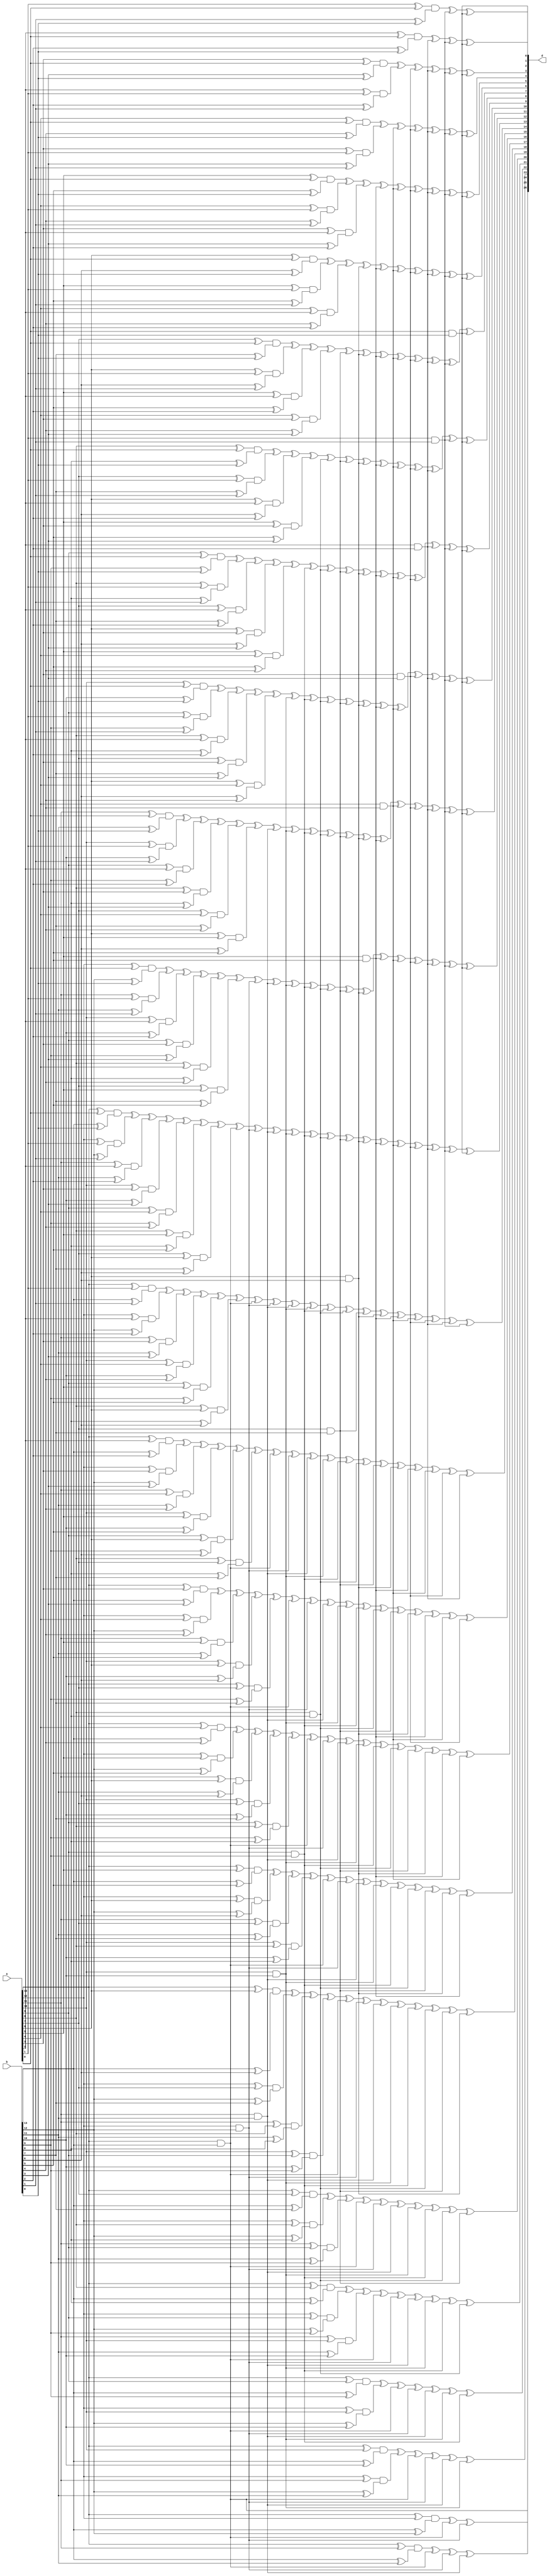
/******************************************************************************
 * Package Module Name	: Elliptic Curve Cryptoprocessor for GF(2^233)
 * Date of Creation		: 1/Apr/2008
 * Type	of file			: Verilog source code
 * Synopsis			    : Automatically generated code for karatsuba 14 bit
 ******************************************************************************/


`ifndef __KS_14_V__
`define __KS_14_V__

module ks14(a, b, d);

input wire [0:13] a;
input wire [0:13] b;
output wire [0:26] d;

wire m0, m1, m2, m3, m4, m5, m6, m7, m8, m9, m10, m11, m12, m13;
wire m0_1, m0_2, m0_3, m0_4, m0_5, m0_6, m0_7, m0_8, m0_9, m0_10, m0_11, m0_12, m0_13;
wire m1_2, m1_3, m1_4, m1_5, m1_6, m1_7, m1_8, m1_9, m1_10, m1_11, m1_12, m1_13;
wire m2_3, m2_4, m2_5, m2_6, m2_7, m2_8, m2_9, m2_10, m2_11, m2_12, m2_13;
wire m3_4, m3_5, m3_6, m3_7, m3_8, m3_9, m3_10, m3_11, m3_12, m3_13;
wire m4_5, m4_6, m4_7, m4_8, m4_9, m4_10, m4_11, m4_12, m4_13;
wire m5_6, m5_7, m5_8, m5_9, m5_10, m5_11, m5_12, m5_13;
wire m6_7, m6_8, m6_9, m6_10, m6_11, m6_12, m6_13;
wire m7_8, m7_9, m7_10, m7_11, m7_12, m7_13;
wire m8_9, m8_10, m8_11, m8_12, m8_13;
wire m9_10, m9_11, m9_12, m9_13;
wire m10_11, m10_12, m10_13;
wire m11_12, m11_13;
wire m12_13;
assign m0 = a[0] & b[0];
assign m1 = a[1] & b[1];
assign m2 = a[2] & b[2];
assign m3 = a[3] & b[3];
assign m4 = a[4] & b[4];
assign m5 = a[5] & b[5];
assign m6 = a[6] & b[6];
assign m7 = a[7] & b[7];
assign m8 = a[8] & b[8];
assign m9 = a[9] & b[9];
assign m10 = a[10] & b[10];
assign m11 = a[11] & b[11];
assign m12 = a[12] & b[12];
assign m13 = a[13] & b[13];
assign m0_1 = (a[0] ^ a[1]) & (b[0] ^ b[1]);
assign m0_2 = (a[0] ^ a[2]) & (b[0] ^ b[2]);
assign m0_3 = (a[0] ^ a[3]) & (b[0] ^ b[3]);
assign m0_4 = (a[0] ^ a[4]) & (b[0] ^ b[4]);
assign m0_5 = (a[0] ^ a[5]) & (b[0] ^ b[5]);
assign m0_6 = (a[0] ^ a[6]) & (b[0] ^ b[6]);
assign m0_7 = (a[0] ^ a[7]) & (b[0] ^ b[7]);
assign m0_8 = (a[0] ^ a[8]) & (b[0] ^ b[8]);
assign m0_9 = (a[0] ^ a[9]) & (b[0] ^ b[9]);
assign m0_10 = (a[0] ^ a[10]) & (b[0] ^ b[10]);
assign m0_11 = (a[0] ^ a[11]) & (b[0] ^ b[11]);
assign m0_12 = (a[0] ^ a[12]) & (b[0] ^ b[12]);
assign m0_13 = (a[0] ^ a[13]) & (b[0] ^ b[13]);
assign m1_2 = (a[1] ^ a[2]) & (b[1] ^ b[2]);
assign m1_3 = (a[1] ^ a[3]) & (b[1] ^ b[3]);
assign m1_4 = (a[1] ^ a[4]) & (b[1] ^ b[4]);
assign m1_5 = (a[1] ^ a[5]) & (b[1] ^ b[5]);
assign m1_6 = (a[1] ^ a[6]) & (b[1] ^ b[6]);
assign m1_7 = (a[1] ^ a[7]) & (b[1] ^ b[7]);
assign m1_8 = (a[1] ^ a[8]) & (b[1] ^ b[8]);
assign m1_9 = (a[1] ^ a[9]) & (b[1] ^ b[9]);
assign m1_10 = (a[1] ^ a[10]) & (b[1] ^ b[10]);
assign m1_11 = (a[1] ^ a[11]) & (b[1] ^ b[11]);
assign m1_12 = (a[1] ^ a[12]) & (b[1] ^ b[12]);
assign m1_13 = (a[1] ^ a[13]) & (b[1] ^ b[13]);
assign m2_3 = (a[2] ^ a[3]) & (b[2] ^ b[3]);
assign m2_4 = (a[2] ^ a[4]) & (b[2] ^ b[4]);
assign m2_5 = (a[2] ^ a[5]) & (b[2] ^ b[5]);
assign m2_6 = (a[2] ^ a[6]) & (b[2] ^ b[6]);
assign m2_7 = (a[2] ^ a[7]) & (b[2] ^ b[7]);
assign m2_8 = (a[2] ^ a[8]) & (b[2] ^ b[8]);
assign m2_9 = (a[2] ^ a[9]) & (b[2] ^ b[9]);
assign m2_10 = (a[2] ^ a[10]) & (b[2] ^ b[10]);
assign m2_11 = (a[2] ^ a[11]) & (b[2] ^ b[11]);
assign m2_12 = (a[2] ^ a[12]) & (b[2] ^ b[12]);
assign m2_13 = (a[2] ^ a[13]) & (b[2] ^ b[13]);
assign m3_4 = (a[3] ^ a[4]) & (b[3] ^ b[4]);
assign m3_5 = (a[3] ^ a[5]) & (b[3] ^ b[5]);
assign m3_6 = (a[3] ^ a[6]) & (b[3] ^ b[6]);
assign m3_7 = (a[3] ^ a[7]) & (b[3] ^ b[7]);
assign m3_8 = (a[3] ^ a[8]) & (b[3] ^ b[8]);
assign m3_9 = (a[3] ^ a[9]) & (b[3] ^ b[9]);
assign m3_10 = (a[3] ^ a[10]) & (b[3] ^ b[10]);
assign m3_11 = (a[3] ^ a[11]) & (b[3] ^ b[11]);
assign m3_12 = (a[3] ^ a[12]) & (b[3] ^ b[12]);
assign m3_13 = (a[3] ^ a[13]) & (b[3] ^ b[13]);
assign m4_5 = (a[4] ^ a[5]) & (b[4] ^ b[5]);
assign m4_6 = (a[4] ^ a[6]) & (b[4] ^ b[6]);
assign m4_7 = (a[4] ^ a[7]) & (b[4] ^ b[7]);
assign m4_8 = (a[4] ^ a[8]) & (b[4] ^ b[8]);
assign m4_9 = (a[4] ^ a[9]) & (b[4] ^ b[9]);
assign m4_10 = (a[4] ^ a[10]) & (b[4] ^ b[10]);
assign m4_11 = (a[4] ^ a[11]) & (b[4] ^ b[11]);
assign m4_12 = (a[4] ^ a[12]) & (b[4] ^ b[12]);
assign m4_13 = (a[4] ^ a[13]) & (b[4] ^ b[13]);
assign m5_6 = (a[5] ^ a[6]) & (b[5] ^ b[6]);
assign m5_7 = (a[5] ^ a[7]) & (b[5] ^ b[7]);
assign m5_8 = (a[5] ^ a[8]) & (b[5] ^ b[8]);
assign m5_9 = (a[5] ^ a[9]) & (b[5] ^ b[9]);
assign m5_10 = (a[5] ^ a[10]) & (b[5] ^ b[10]);
assign m5_11 = (a[5] ^ a[11]) & (b[5] ^ b[11]);
assign m5_12 = (a[5] ^ a[12]) & (b[5] ^ b[12]);
assign m5_13 = (a[5] ^ a[13]) & (b[5] ^ b[13]);
assign m6_7 = (a[6] ^ a[7]) & (b[6] ^ b[7]);
assign m6_8 = (a[6] ^ a[8]) & (b[6] ^ b[8]);
assign m6_9 = (a[6] ^ a[9]) & (b[6] ^ b[9]);
assign m6_10 = (a[6] ^ a[10]) & (b[6] ^ b[10]);
assign m6_11 = (a[6] ^ a[11]) & (b[6] ^ b[11]);
assign m6_12 = (a[6] ^ a[12]) & (b[6] ^ b[12]);
assign m6_13 = (a[6] ^ a[13]) & (b[6] ^ b[13]);
assign m7_8 = (a[7] ^ a[8]) & (b[7] ^ b[8]);
assign m7_9 = (a[7] ^ a[9]) & (b[7] ^ b[9]);
assign m7_10 = (a[7] ^ a[10]) & (b[7] ^ b[10]);
assign m7_11 = (a[7] ^ a[11]) & (b[7] ^ b[11]);
assign m7_12 = (a[7] ^ a[12]) & (b[7] ^ b[12]);
assign m7_13 = (a[7] ^ a[13]) & (b[7] ^ b[13]);
assign m8_9 = (a[8] ^ a[9]) & (b[8] ^ b[9]);
assign m8_10 = (a[8] ^ a[10]) & (b[8] ^ b[10]);
assign m8_11 = (a[8] ^ a[11]) & (b[8] ^ b[11]);
assign m8_12 = (a[8] ^ a[12]) & (b[8] ^ b[12]);
assign m8_13 = (a[8] ^ a[13]) & (b[8] ^ b[13]);
assign m9_10 = (a[9] ^ a[10]) & (b[9] ^ b[10]);
assign m9_11 = (a[9] ^ a[11]) & (b[9] ^ b[11]);
assign m9_12 = (a[9] ^ a[12]) & (b[9] ^ b[12]);
assign m9_13 = (a[9] ^ a[13]) & (b[9] ^ b[13]);
assign m10_11 = (a[10] ^ a[11]) & (b[10] ^ b[11]);
assign m10_12 = (a[10] ^ a[12]) & (b[10] ^ b[12]);
assign m10_13 = (a[10] ^ a[13]) & (b[10] ^ b[13]);
assign m11_12 = (a[11] ^ a[12]) & (b[11] ^ b[12]);
assign m11_13 = (a[11] ^ a[13]) & (b[11] ^ b[13]);
assign m12_13 = (a[12] ^ a[13]) & (b[12] ^ b[13]);
assign d[0] = m0;
assign d[1] = m0_1 ^ m0 ^ m1;
assign d[2] = m0_2 ^ m0 ^ m1 ^ m2;
assign d[3] = m0_3 ^ m1_2 ^ m0 ^ m1 ^ m2 ^ m3;
assign d[4] = m0_4 ^ m1_3 ^ m0 ^ m1 ^ m2 ^ m3 ^ m4;
assign d[5] = m0_5 ^ m1_4 ^ m2_3 ^ m0 ^ m1 ^ m2 ^ m3 ^ m4 ^ m5;
assign d[6] = m0_6 ^ m1_5 ^ m2_4 ^ m0 ^ m1 ^ m2 ^ m3 ^ m4 ^ m5 ^ m6;
assign d[7] = m0_7 ^ m1_6 ^ m2_5 ^ m3_4 ^ m0 ^ m1 ^ m2 ^ m3 ^ m4 ^ m5 ^ m6 ^ m7;
assign d[8] = m0_8 ^ m1_7 ^ m2_6 ^ m3_5 ^ m0 ^ m1 ^ m2 ^ m3 ^ m4 ^ m5 ^ m6 ^ m7 ^ m8;
assign d[9] = m0_9 ^ m1_8 ^ m2_7 ^ m3_6 ^ m4_5 ^ m0 ^ m1 ^ m2 ^ m3 ^ m4 ^ m5 ^ m6 ^ m7 ^ m8 ^ m9;
assign d[10] = m0_10 ^ m1_9 ^ m2_8 ^ m3_7 ^ m4_6 ^ m0 ^ m1 ^ m2 ^ m3 ^ m4 ^ m5 ^ m6 ^ m7 ^ m8 ^ m9 ^ m10;
assign d[11] = m0_11 ^ m1_10 ^ m2_9 ^ m3_8 ^ m4_7 ^ m5_6 ^ m0 ^ m1 ^ m2 ^ m3 ^ m4 ^ m5 ^ m6 ^ m7 ^ m8 ^ m9 ^ m10 ^ m11;
assign d[12] = m0_12 ^ m1_11 ^ m2_10 ^ m3_9 ^ m4_8 ^ m5_7 ^ m0 ^ m1 ^ m2 ^ m3 ^ m4 ^ m5 ^ m6 ^ m7 ^ m8 ^ m9 ^ m10 ^ m11 ^ m12;
assign d[13] = m0_13 ^ m1_12 ^ m2_11 ^ m3_10 ^ m4_9 ^ m5_8 ^ m6_7 ^ m0 ^ m1 ^ m2 ^ m3 ^ m4 ^ m5 ^ m6 ^ m7 ^ m8 ^ m9 ^ m10 ^ m11 ^ m12 ^ m13;
assign d[14] = m1_13 ^ m2_12 ^ m3_11 ^ m4_10 ^ m5_9 ^ m6_8 ^ m1 ^ m2 ^ m3 ^ m4 ^ m5 ^ m6 ^ m7 ^ m8 ^ m9 ^ m10 ^ m11 ^ m12 ^ m13;
assign d[15] = m2_13 ^ m3_12 ^ m4_11 ^ m5_10 ^ m6_9 ^ m7_8 ^ m2 ^ m3 ^ m4 ^ m5 ^ m6 ^ m7 ^ m8 ^ m9 ^ m10 ^ m11 ^ m12 ^ m13;
assign d[16] = m3_13 ^ m4_12 ^ m5_11 ^ m6_10 ^ m7_9 ^ m3 ^ m4 ^ m5 ^ m6 ^ m7 ^ m8 ^ m9 ^ m10 ^ m11 ^ m12 ^ m13;
assign d[17] = m4_13 ^ m5_12 ^ m6_11 ^ m7_10 ^ m8_9 ^ m4 ^ m5 ^ m6 ^ m7 ^ m8 ^ m9 ^ m10 ^ m11 ^ m12 ^ m13;
assign d[18] = m5_13 ^ m6_12 ^ m7_11 ^ m8_10 ^ m5 ^ m6 ^ m7 ^ m8 ^ m9 ^ m10 ^ m11 ^ m12 ^ m13;
assign d[19] = m6_13 ^ m7_12 ^ m8_11 ^ m9_10 ^ m6 ^ m7 ^ m8 ^ m9 ^ m10 ^ m11 ^ m12 ^ m13;
assign d[20] = m7_13 ^ m8_12 ^ m9_11 ^ m7 ^ m8 ^ m9 ^ m10 ^ m11 ^ m12 ^ m13;
assign d[21] = m8_13 ^ m9_12 ^ m10_11 ^ m8 ^ m9 ^ m10 ^ m11 ^ m12 ^ m13;
assign d[22] = m9_13 ^ m10_12 ^ m9 ^ m10 ^ m11 ^ m12 ^ m13;
assign d[23] = m10_13 ^ m11_12 ^ m10 ^ m11 ^ m12 ^ m13;
assign d[24] = m11_13 ^ m11 ^ m12 ^ m13;
assign d[25] = m12_13 ^ m12 ^ m13;
assign d[26] = m13;
endmodule
`endif